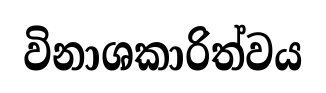
විනාශකාරිත්වය